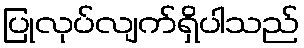
ပြုလုပ်လျက်ရှိပါသည်